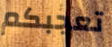
تعجبكم